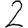
Digit: 2